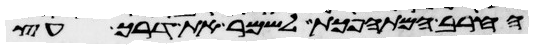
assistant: החרב המתהפכת לשמר את דרך עץ